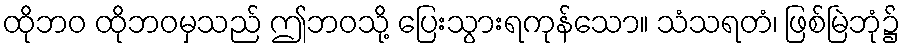
ထိုဘဝ ထိုဘဝမှသည် ဤဘဝသို့ ပြေးသွားရကုန်သော။ သံသရတံ၊ ဖြစ်မြဲဘုံ၌